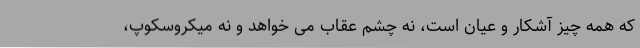
که همه چیز آشکار و عیان است، نه چشم عقاب می خواهد و نه میکروسکوپ،